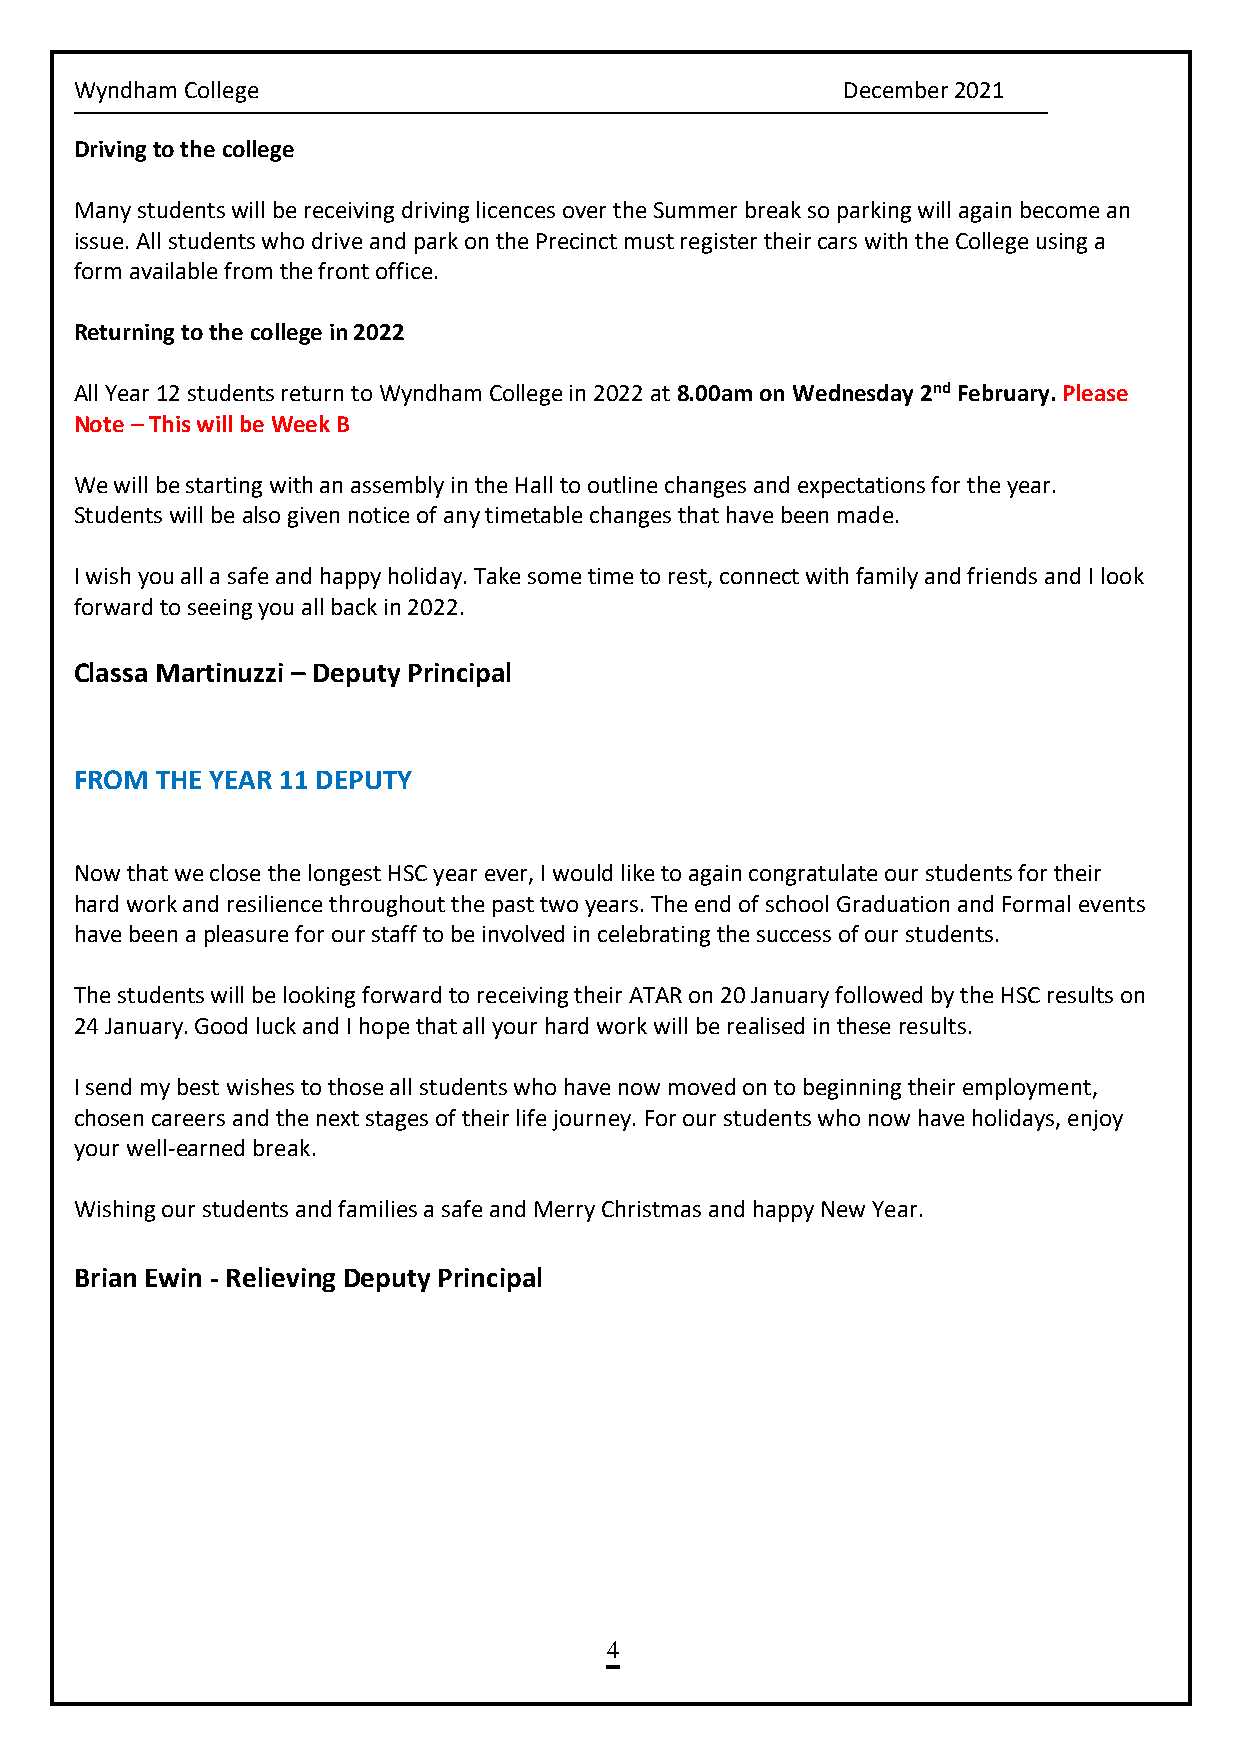
Wyndham College                                    December 2021
 Driving to the college
 Many students will be receiving driving licences over the Summer break so parking will again become an
 issue. All students who drive and park on the Precinct must register their cars with the College using a
 form available from the front office.
 Returning to the college in 2022
 All Year 12 students return to Wyndham College in 2022 at 8.00am on Wednesday 2nd February. Please
 Note – This will be Week B
 We will be starting with an assembly in the Hall to outline changes and expectations for the year.
 Students will be also given notice of any timetable changes that have been made.
 I wish you all a safe and happy holiday. Take some time to rest, connect with family and friends and I look
 forward to seeing you all back in 2022.
 Classa Martinuzzi – Deputy Principal
 FROM THE YEAR 11 DEPUTY
 Now that we close the longest HSC year ever, I would like to again congratulate our students for their
 hard work and resilience throughout the past two years. The end of school Graduation and Formal events
 have been a pleasure for our staff to be involved in celebrating the success of our students.
 The students will be looking forward to receiving their ATAR on 20 January followed by the HSC results on
 24 January. Good luck and I hope that all your hard work will be realised in these results.
 I send my best wishes to those all students who have now moved on to beginning their employment,
 chosen careers and the next stages of their life journey. For our students who now have holidays, enjoy
 your well-earned break.
 Wishing our students and families a safe and Merry Christmas and happy New Year.
 Brian Ewin - Relieving Deputy Principal
 4